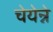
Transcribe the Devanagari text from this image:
चेयेन्ने